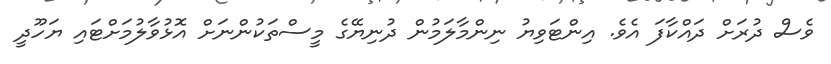
ވެސް ދުރަށް ދައްކާފަ އެވެ. އިންޓަވިޔު ނިންމާލަމުން ދުނިޔޭގެ މީސްތަކުންނަށް އޮޅުވާލުމަށްޓައި ޔަހޫދީ